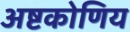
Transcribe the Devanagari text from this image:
अष्टकोणिय